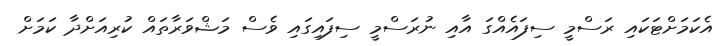
އެކަމަށްޓަކައި ރަސްމީ ސިފައެއްގަ އާއި ނުރަސްމީ ސިފައިގައި ވެސް މަޝްވަރާތައް ކުރިއަށްދާ ކަމަށް